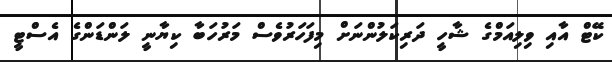
ކޭޓް އާއި ވިލިއަމްގެ ޝާހީ ދަރިކަލުންނަށް މިފަހަރުވެސް މަރުހަބާ ކިޔާނީ ލަންޑަންގެ އެސްޓީ